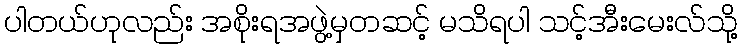
ပါတယ်ဟုလည်း အစိုးရအဖွဲ့မှတဆင့် မသိရပါ သင့်အီးမေးလ်သို့